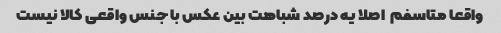
واقعا متاسفم  اصلا یه درصد شباهت بین عکس با جنس واقعی کالا نیست